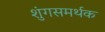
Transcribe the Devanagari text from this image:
शुंगसमर्थक